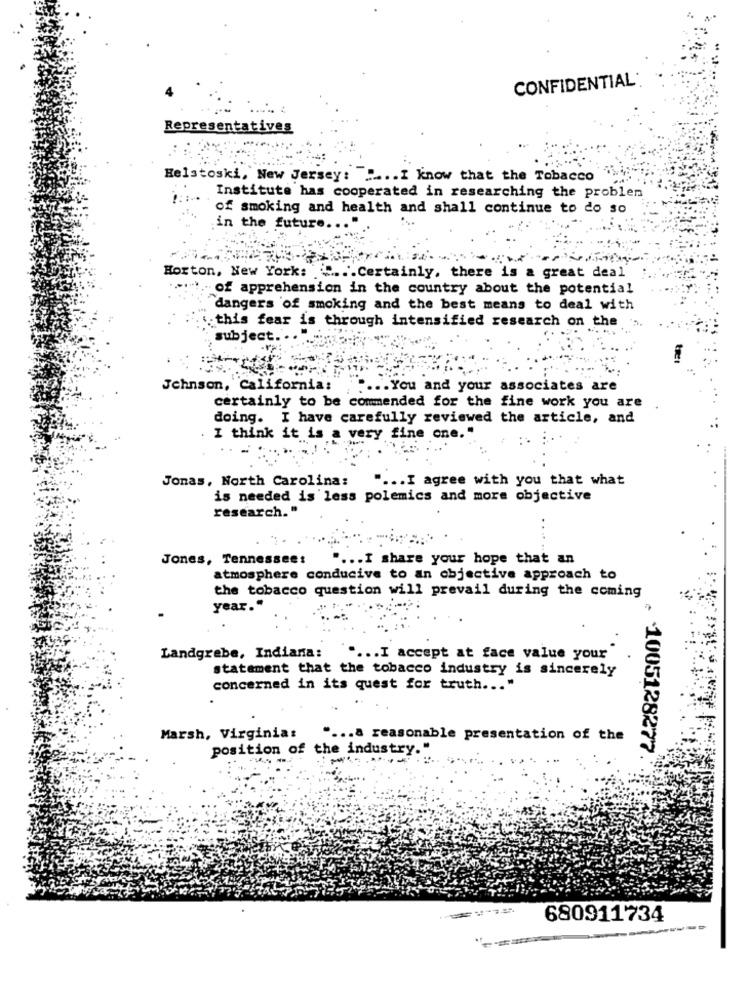
CONFIDENTIAL:
Representatives
Helstoski, New Jersey: .... I know that the Tobacco
Institute has cooperated in researching the problen
of smoking and health and shall continue to do so
in the future
Horton, New York: ... Certainly, there is a great deal
of apprehension in the country about the potential
dangers of smoking and the best means to deal with
:this fear is through intensified research on the
subject ....
Johnson, California:
.. You and your associates are
certainly to be commended for the fine work you are
doing. I have carefully reviewed the article, and
I think it is a very fine one."
Jonas, North Carolina:
" ... I agree with you that what
is needed is less polemics and more objective
research.'
..
Jones, Tennessee:
... I share your hope that an
atmosphere conducive to an objective approach to
the tobacco question will prevail during the coming
year."
Landgrebe, Indiana:
... I accept at face value your
statement that the tobacco industry is sincerely
concerned in its quest for truth ...
Marsh, Virginia:
.. a reasonable presentation of the
position of the industry."
. 1005128277
680911734
------